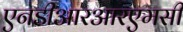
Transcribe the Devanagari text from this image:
एनडीआरआरएमसी